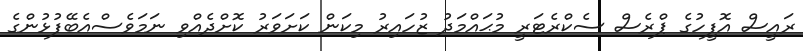
ރައީސް އޮފީހުގެ ޕްރެސް ސެކްރެޓަރީ މުޙައްމަދު ޒުހައިރު މިކަން ކަށަވަރު ކޮށްދެއްވި ނަމަވެސްއެބޭފުޅުންގެ